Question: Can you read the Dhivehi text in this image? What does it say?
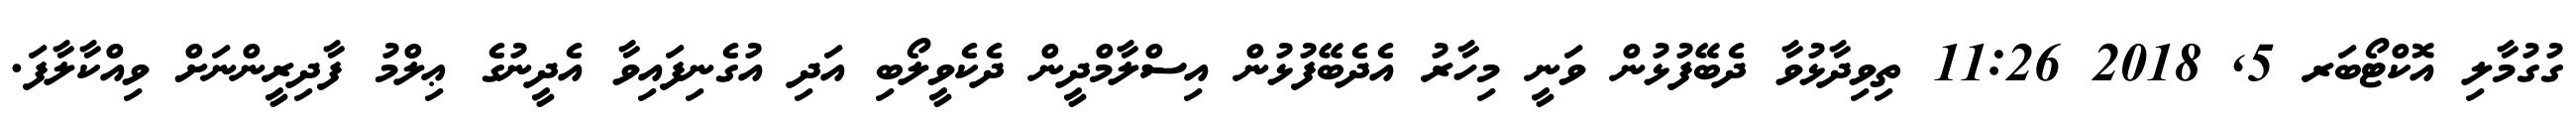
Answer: ގުގުމާލި އޮކްޓޯބަރ 5, 2018 11:26 ތިވިދާޅުވާ ދެބޭފުޅުން ވަނީ މިހާރު އެދެބޭފުޅުން އިސްލާމްދީން ދެކެވީލޯބި އަދި އުގެނިފައިވާ އެދީނުގެ ޢިލްމު ފާދިރީންނަށް ވިއްކާލާފަ.